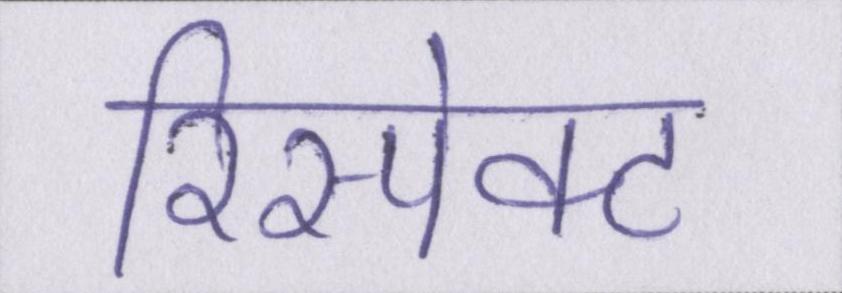
रिस्पेक्ट